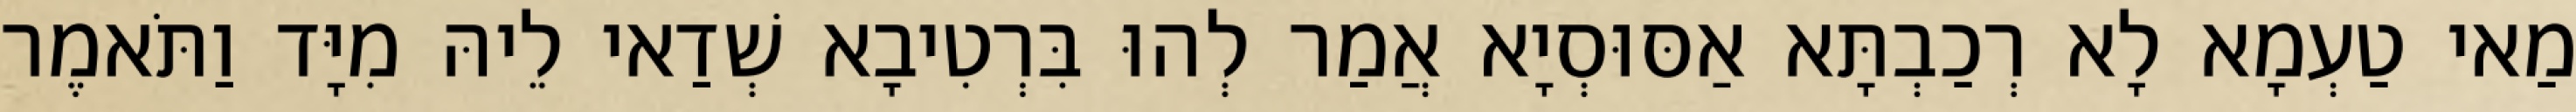
מַאי טַעְמָא לָא רְכַבְתָּא אַסּוּסְיָא אֲמַר לְהוּ בִּרְטִיבָא שְׁדַאי לֵיהּ מִיָּד וַתֹּאמֶר